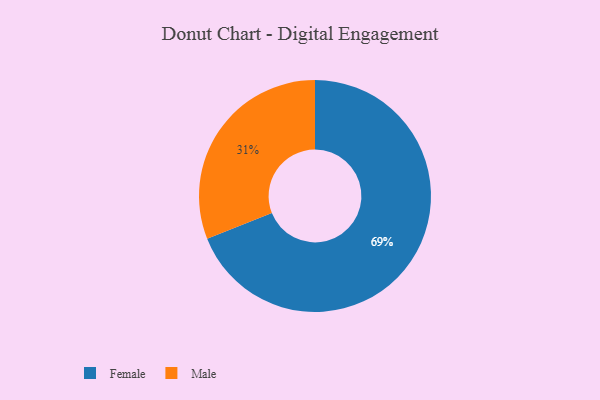
{"axis": {"x": "Category", "y": "Percentage"}, "legend": ["Female", "Male"], "data": [{"x": "Female", "y": 69, "type": "Female"}, {"x": "Male", "y": 31, "type": "Male"}]}